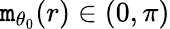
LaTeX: \mathtt{m}_{\theta_{0}}(r)\in(0,\pi)